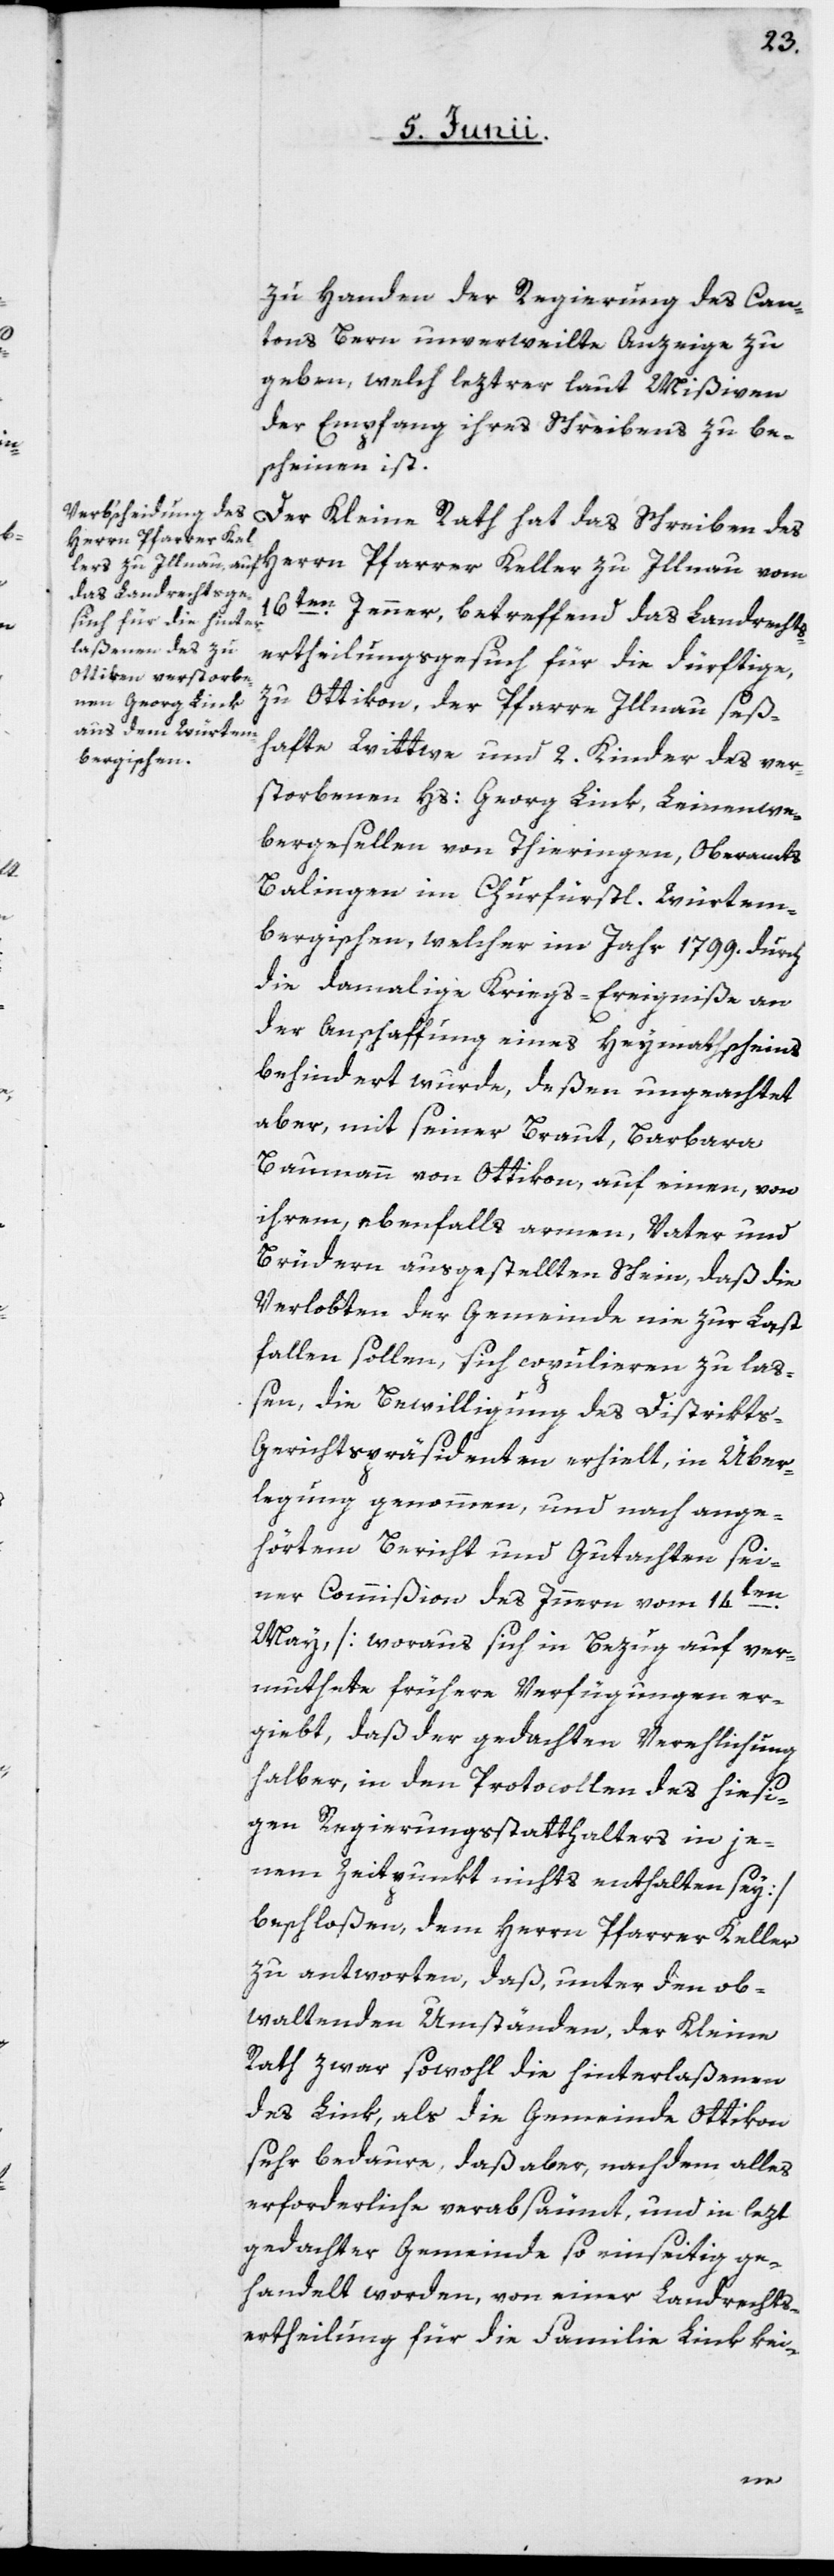
zu Handen der Regierung des Can¬
tons Bern unverweilte Anzeige zu
geben, welch leztrer laut Mißiven
der Empfang ihres Schreibens zu be¬
scheinen ist.
Der Kleine Rath hat das Schreiben des
Herrn Pfarrer Keller zu Illnau vom
16ten Jenner, betreffend das Landrechts¬
ertheilungsgesuch für die dürftige,
zu Ottikon, der Pfarre Illnau, seß¬
hafte Wittwe und 2. Kinder des ver¬
storbenen Hs: Georg Link, Leinenwe¬
bergesellen von Thieringen, Oberamts
Balingen im Churfürstl. Würtem¬
bergischen, welcher im Jahr 1799. durch
die damalige[n] Kriegs-Ereigniße an
der Anschaffung eines Heymathscheins
behindert wurde, deßen ungeachtet
aber, mit seiner Braut, Barbara
Baumann von Ottikon, auf einen, von
ihrem, ebenfalls armen, Vater und
Brüdern ausgestellten Schein, daß die
Verlobten der Gemeinde nie zur Last
fallen sollen, sich copulieren zu laß¬
en, die Bewilligung des Distrikt¬
s-Gerichtspräsidenten erhielt, in Über¬
legung genommen, und nach ange¬
hörtem Bericht und Gutachten, sei¬
ner Commißion des Innern vom 14ten
May, [woraus sich in Bezug auf ver¬
muthete frühere Verfügungen er¬
giebt, daß der gedachten Verehelichung
halber, in den Protocollen des hiesi¬
gen Regierungsstatthalters in je¬
nem Zeitpunkt nichts enthalten sey]
beschloßen, dem Herrn Pfarrer Keller
zu antworten, daß, unter den ob¬
waltenden Umständen, der Kleine
Rath zwar sowohl die Hinterlaßenen
des Link als die Gemeinde Ottikon
sehr bedaure, daß aber, nachdem alles
erforderliche verabsäumt, und in lezt
gedachter Gemeinde so einseitig ge¬
handelt worden, von einer Landrechts¬
ertheilung für die Familie Link kei-